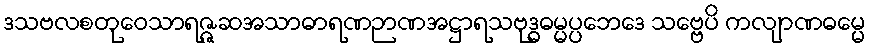
ဒသဗလစတုဝေသာရဇ္ဇဆအသာဓာရဏဉာဏအဋ္ဌာရသဗုဒ္ဓဓမ္မပ္ပဘေဒေ သဗ္ဗေပိ ကလျာဏဓမ္မေ